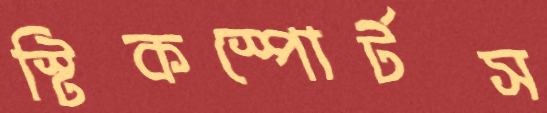
স্টিকস্পোর্টস